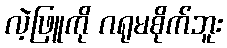
လဲ့ဖြူကို ဂရုမစိုက်ဘူး